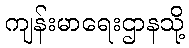
ကျန်းမာရေးဌာနသို့